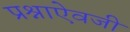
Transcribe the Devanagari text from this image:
प्रश्नाऐवजी